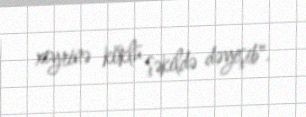
xeyrinə köklü şəkildə dəyişib".